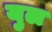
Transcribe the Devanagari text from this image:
युल